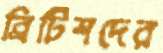
ব্রিটিশদের